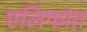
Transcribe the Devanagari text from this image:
एलिफांत